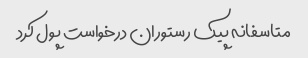
متاسفانه پیک رستوران درخواست پول کرد